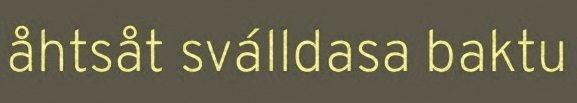
åhtsåt sválldasa baktu